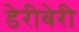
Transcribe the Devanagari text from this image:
डेरीबेरी